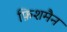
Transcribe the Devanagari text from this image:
फ़िशमैन